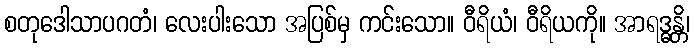
စတုဒေါသာပဂတံ၊ လေးပါးသော အပြစ်မှ ကင်းသော။ ဝီရိယံ၊ ဝီရိယကို။ အာရဒ္ဓန္တိ၊